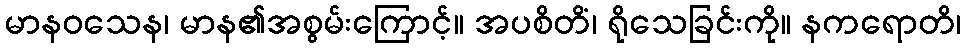
မာနဝသေန၊ မာန၏အစွမ်းကြောင့်။ အပစိတိံ၊ ရိုသေခြင်းကို။ နကရောတိ၊